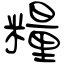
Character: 糧